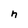
Character: h